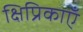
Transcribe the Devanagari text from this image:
क्षिप्रिकाएँ